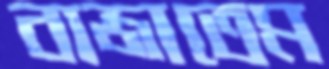
বাজাতেম